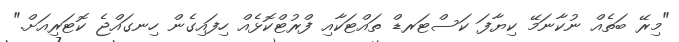
"މިރޭ ބަތެއް ނުކާނަމޭ ކިޔާފަ ކަސްޓަރޑް ތައްޓަކާއި ފްރުޓްކޮޅެއް ހިފައިގެން ހިނގައްޖެ ކޮޓަރިއަށް."